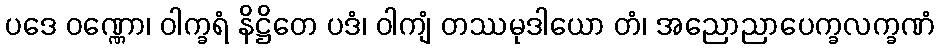
ပဒေ ဝဏ္ဏော၊ ဝါက္ခရံ နိဋ္ဌိတေ ပဒံ၊ ဝါကျံ တဿမုဒါယော တံ၊ အညောညာပေက္ခလက္ခဏံ